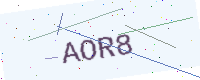
Text: AOR8